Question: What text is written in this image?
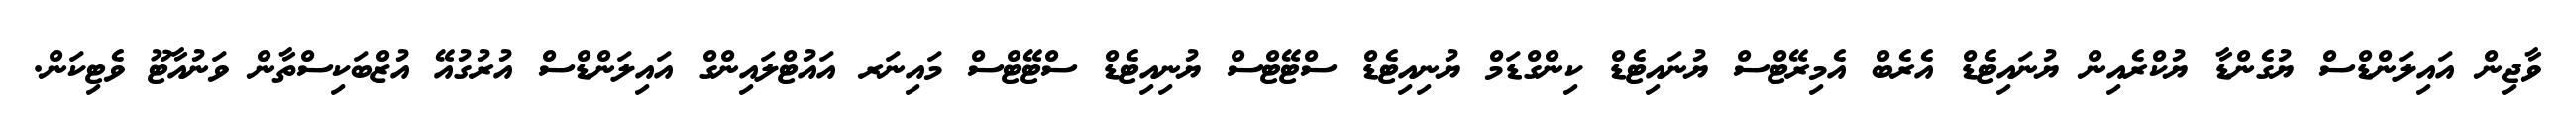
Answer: ވާޖިން އައިލަންޑްސް ޔުގެންޑާ ޔުކްރެއިން ޔުނައިޓެޑް އެރެބް އެމިރޭޓްސް ޔުނައިޓެޑް ކިންގްޑަމް ޔުނިއިޓެޑް ސްޓޭޓްސް ޔުނިއިޓެޑް ސްޓޭޓްސް މައިނަރ އައުޓްލައިންގް އައިލަންޑްސް އުރުގުއޭ އުޒްބަކިސްތާން ވަނުއާޓޫ ވެޓިކަން.